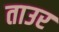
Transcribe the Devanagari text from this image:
ताउर